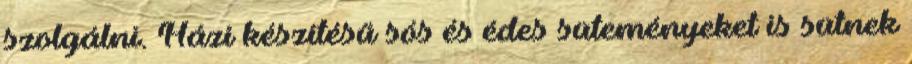
szolgálni. Házi készítésű sós és édes süteményeket is sütnek